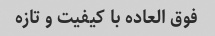
فوق العاده با کیفیت و تازه